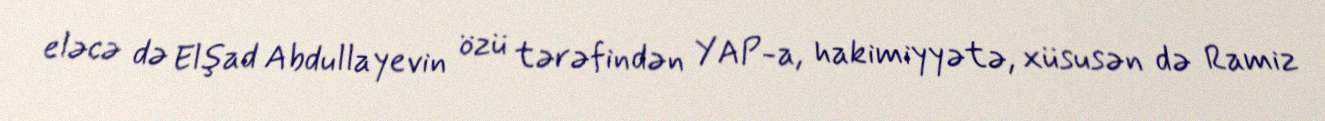
eləcə də Elşad Abdullayevin özü tərəfindən YAP-a, hakimiyyətə, xüsusən də Ramiz